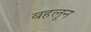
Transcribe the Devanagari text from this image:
बहलून